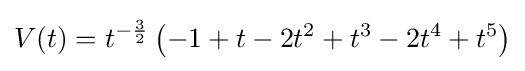
V(t)=t^{-{3 \over 2}}\left(-1+t-2t^{2}+t^{3}-2t^{4}+t^{5}\right)